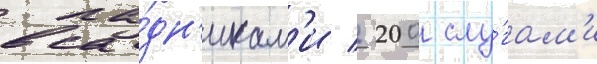
вса́дн'икам'и / 200 слу́гам'и